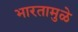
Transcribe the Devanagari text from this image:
भारतामुळे